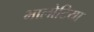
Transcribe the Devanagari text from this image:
भालोटिया